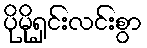
ပိုမိုရှင်းလင်းစွာ